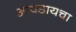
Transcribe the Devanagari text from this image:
आवडायचा